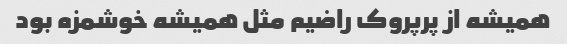
همیشه از پرپروک راضیم مثل همیشه خوشمزه بود